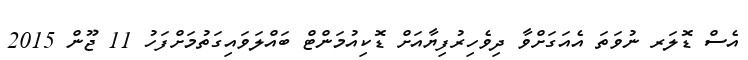
އެސް ޑޮލަރ ނުވަތަ އެއަގަށްވާ ދިވެހިރުފިޔާއަށް ޑޮކިއުމަންޓް ބައްލަވައިގަތުމަށްފަހު 11 ޖޫން 2015